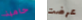
حامية عرضت